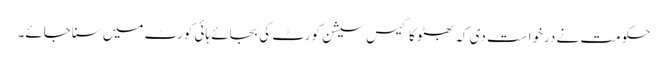
حکومت نے درخواست دی کہ بھٹو کا کیس سیشن کورٹ کی بجائے ہائی کورٹ میں سناجائے۔